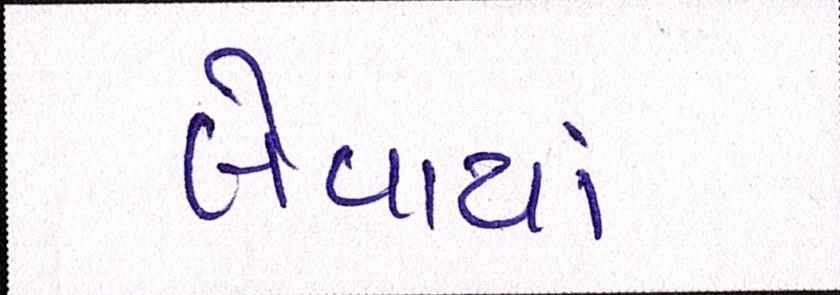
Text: લેવાયાં